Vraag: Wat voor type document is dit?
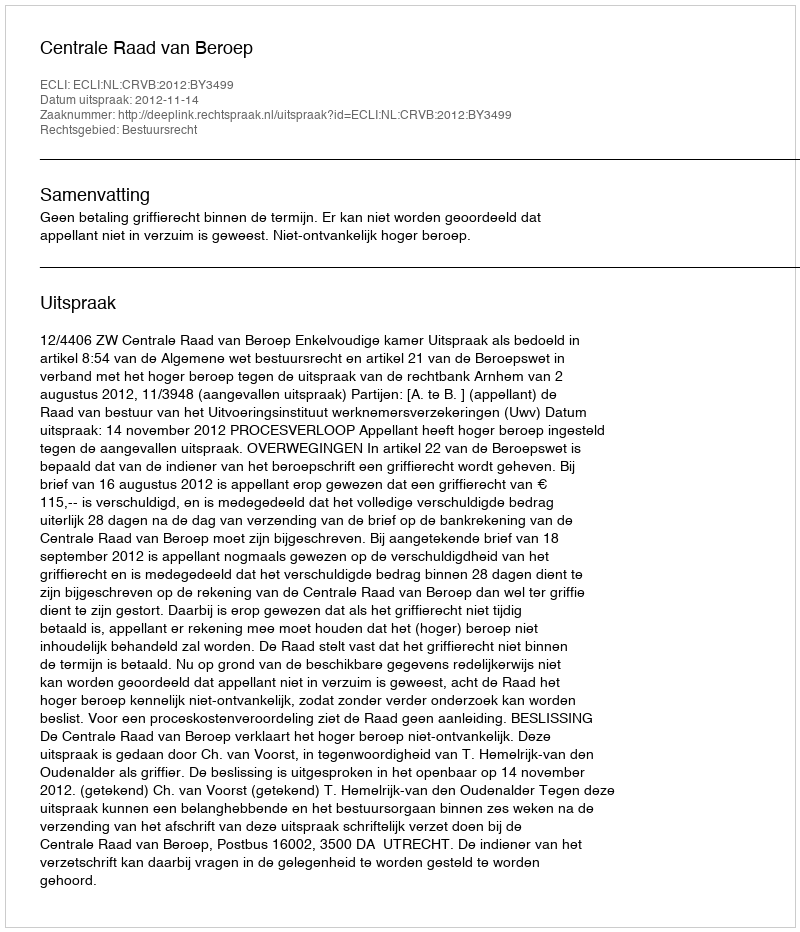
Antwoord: Uitspraak